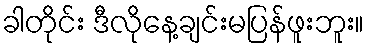
ခါတိုင်း ဒီလိုနေ့ချင်းမပြန်ဖူးဘူး။